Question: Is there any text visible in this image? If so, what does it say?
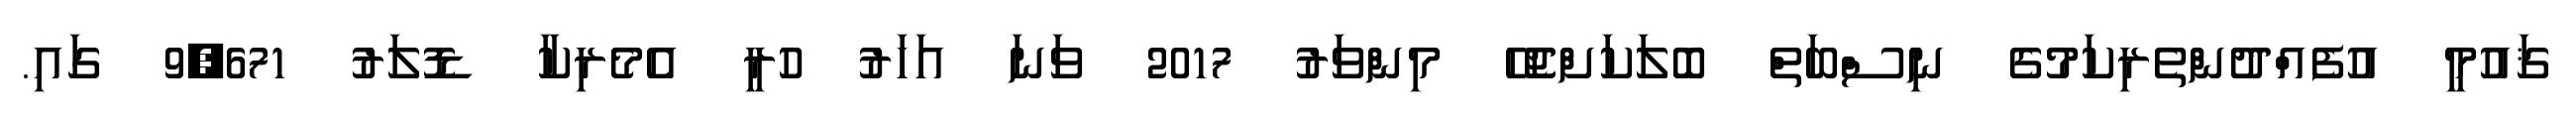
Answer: ޤައުމީ އުފެއްދުންތެރިކަމުގެ ނިސްބަތް ބޮލަކަށްޖެހޭ މިންވަރު 2017 ވަނަ އަހަރު ހުރީ އެމެރިކާ ޑޮލަރު 9,671 ގައި.